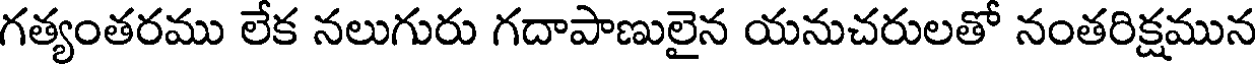
గత్యంతరము లేక నలుగురు గదాపాణులైన యనుచరులతో నంతరిక్షమున